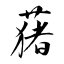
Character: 蕏